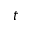
t